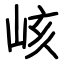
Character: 峐